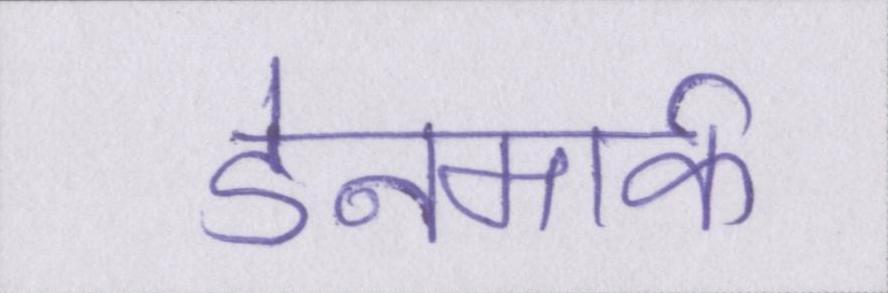
डेनमार्क